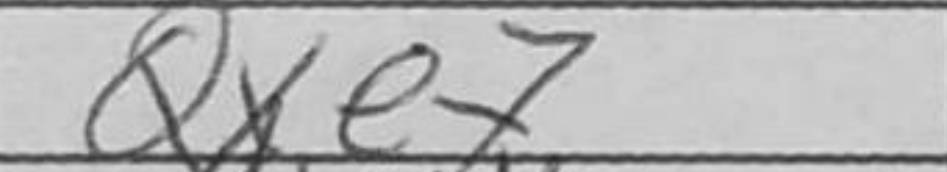
Transcription: Qxe7